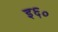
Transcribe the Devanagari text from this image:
इ६०